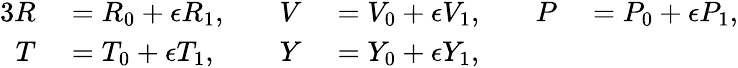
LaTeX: \begin{array}{rlrlrl}{{3}R}&{{}={R}_{0}+\epsilon{R}_{1},\quad}&{V}&{{}={V}_{0}+\epsilon{V}_{1},\quad}&{P}&{{}={P}_{0}+\epsilon{P}_{1},}\\ {T}&{{}={T}_{0}+\epsilon{T}_{1},}&{Y}&{{}={Y}_{0}+\epsilon{Y}_{1},}&{}&{{}}\end{array}